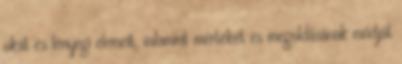
okát és lényegi elemeit, valamint mértékét és megoldásának módját